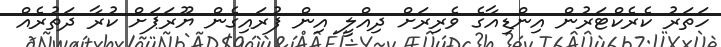
ހަތަރު ކެރެކްޓަރުން އިންޑިއާގެ ވެރިރަށް ދިއްލީ އިން ފުރައިގެން ޔޫރަޕަށް ކުރާ ދަތުރެެއް